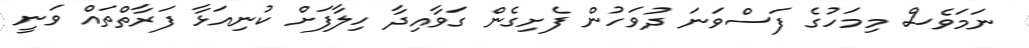
ނަމަވެސް މިމަހުގެ ފަސްވަނަ ދުވަހުން ފެށިގެން ގަވާއިދާ ހިލާފަށް ކުނިއަޅާ ފަރާތްތައް ވަނީ